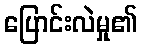
ပြောင်းလဲမှု၏